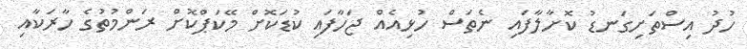
ހުދު އިސްތަށިގަނޑު ކޮށާލާފައި ނެތަސް ހުޅިއެއް ޖަހާފައި ކުޑަކޮށް މޭކަޕްކޮށް ރަންމުތުގެ ހާރަކާއި